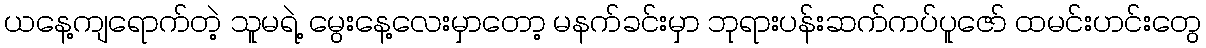
ယနေ့ကျရောက်တဲ့ သူမရဲ့ မွေးနေ့လေးမှာတော့ မနက်ခင်းမှာ ဘုရားပန်းဆက်ကပ်ပူဇော် ထမင်းဟင်းတွေ